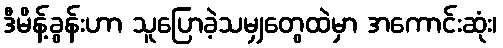
ဒီမိန့်ခွန်းဟာ သူပြောခဲ့သမျှတွေထဲမှာ အကောင်းဆုံး၊